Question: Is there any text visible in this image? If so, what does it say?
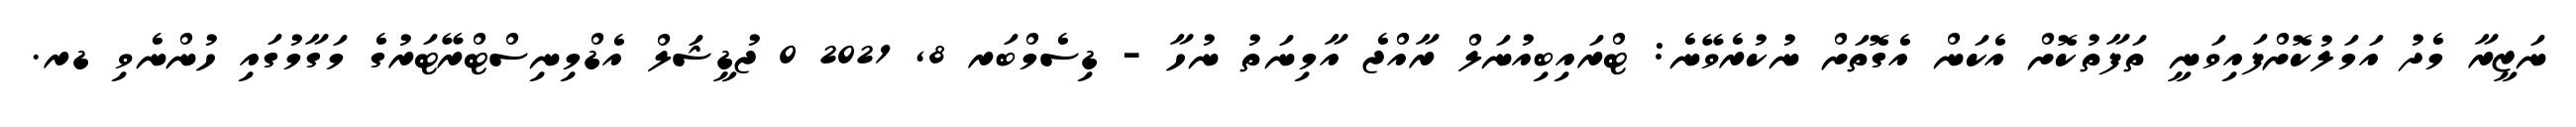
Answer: ނަޒީރާ މެދު އަމަލުކޮށްފައިވަނީ ތަފާތުކޮށް އެކަން އެގޮތަށް ނުކުރެވޭނެ: ޓްރައިބިއުނަލް ރާއްޖެ އާމިނަތު ނުހާ - ޑިސެމްބަރ 8, 2021 0 ޖުޑީޝަލް އެޑްމިނިސްޓްރޭޓަރުގެ މަގާމުގައި ހުންނެވި ޑރ.